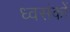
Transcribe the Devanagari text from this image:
ध्वसंकों